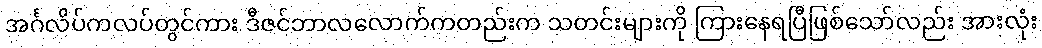
အင်္ဂလိပ်ကလပ်တွင်ကား ဒီဇင်ဘာလလောက်ကတည်းက သတင်းများကို ကြားနေရပြီဖြစ်သော်လည်း အားလုံး